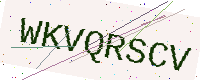
Text: WKVQRSCV